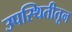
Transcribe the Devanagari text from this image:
उपस्थितीतून